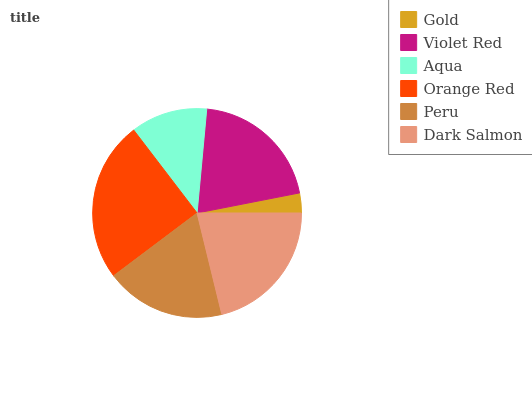
| Gold | Violet Red | Aqua | Orange Red | Peru | Dark Salmon |
 | --- | --- | --- | --- | --- | --- |
 | 3.07% | 20.5% | 11.8% | 24.8% | 18.6% | 21.2% |